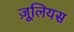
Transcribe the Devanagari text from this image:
ज़ूलियस